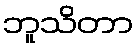
ဘူသိတာ